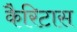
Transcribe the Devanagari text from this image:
कैरिटास